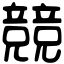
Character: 競